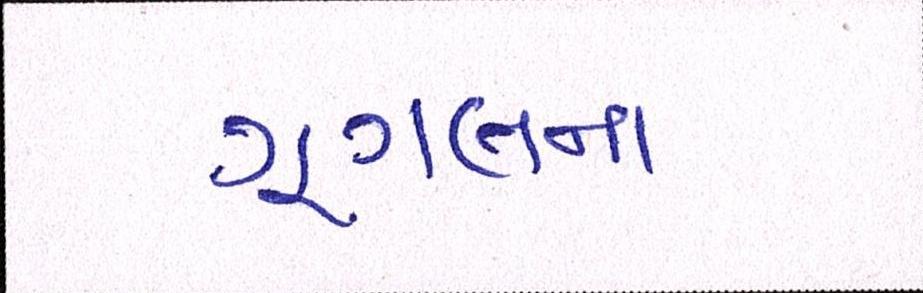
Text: ગૂગલના